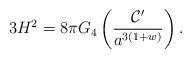
LaTeX: \begin{align*}3H^2 = 8\pi G_4\left(\frac{{\cal C}'}{a^{3(1+w)}}\right).\end{align*}